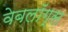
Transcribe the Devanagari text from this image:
वेबलॉग्स